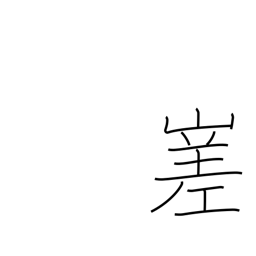
Meaning: irregular